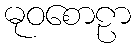
ဓုဝစောဠာ